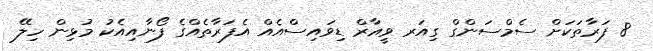
8 ފަރާތަކަށް ސެމްސަންގް ގިއަރ ވީއާރް ޑިވައިސްއެއް އެފަރާތެއްގެ ފޯނާއިއެކު މުޅިން ހިލޭ